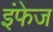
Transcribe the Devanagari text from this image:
इंफेज